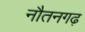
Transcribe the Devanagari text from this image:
नौतनगढ़